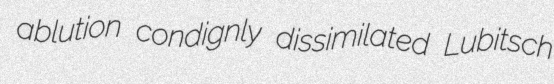
ablution condignly dissimilated Lubitsch